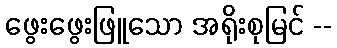
ဖွေးဖွေးဖြူသော အရိုးစုမြင် --